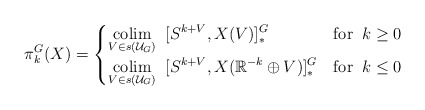
\begin{align*}\pi^G_k(X) = \begin{cases}\displaystyle\operatorname*{colim}_{V \in s(\mathcal{U}_G)} \;\; [S^{k+V}, X(V)]_*^G & \mathrm{for} \;\; k \geq 0 \\\displaystyle\operatorname*{colim}_{{V \in s(\mathcal{U}_G)}} \;\; [S^{k+V}, X(\mathbb{R}^{-k} \oplus V)]_*^G & \mathrm{for}\;\; k \leq 0\end{cases}\end{align*}